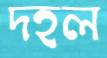
দহল